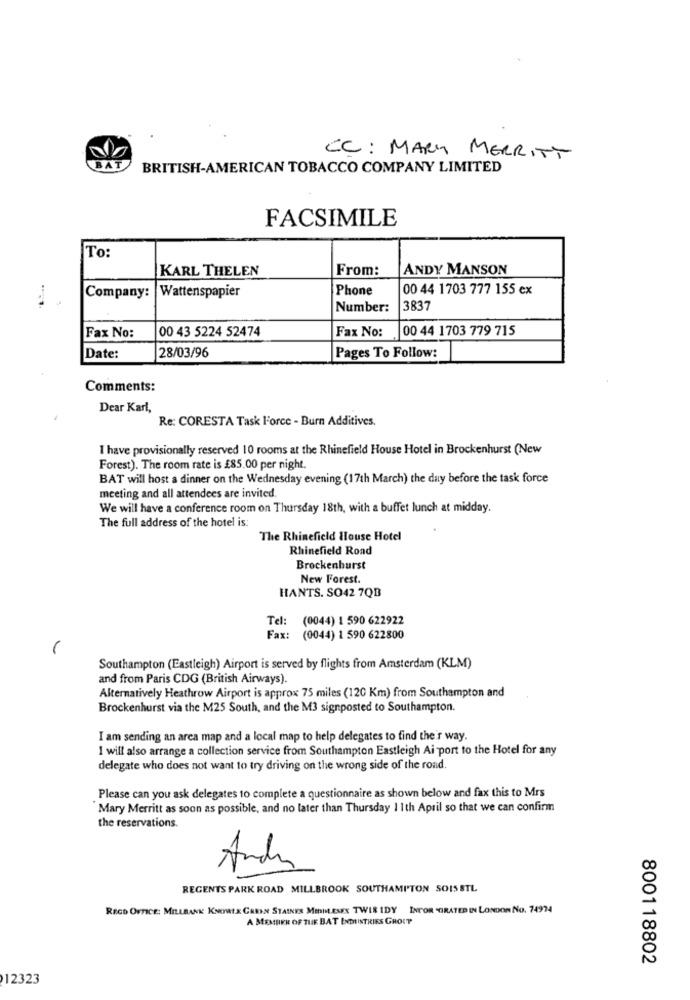
CC: MARY MERRITT
BAT
BRITISH-AMERICAN TOBACCO COMPANY LIMITED
FACSIMILE
To:
KARL THELEN
From:
ANDY MANSON
Phone
00 44 1703 777 155 ex
Company:
Wattenspapier
Number:
3837
00 43 5224 52474
00 44 1703 779 715
Fax No:
Fax No:
28/03/96
Date:
Pages To Follow:
Comments:
Dear Karl,
Re: CORESTA Task Force - Burn Additives.
I have provisionally reserved 10 rooms at the Rhinefield House Hotel in Brockenhurst (New
Forest). The room rate is £85,00 per night.
BAT will host a dinner on the Wednesday evening (17th March) the day before the task force
meeting and all attendees are invited.
We will have a conference room on Thursday 18th, with a buffet lunch at midday.
The full address of the hotel is:
The Rhinefield House Hotel
Rhinefield Road
Brockenhurst
New Forest.
HANTS. SO42 7QB
Tel: (0044) 1 590 622922
Fax:
(0044) 1 590 622800
Southampton (Eastleigh) Airport is served by flights from Amsterdam (KLM)
and from Paris CDG (British Airways).
Alternatively Heathrow Airport is approx 75 miles (120 Km) from Southampton and
Brockenhurst via the M25 South, and the M3 signposted to Southampton.
I am sending an area map and a local map to help delegates to find the'r way.
I will also arrange a collection service from Southampton Eastleigh Ai port to the Hotel for any
delegate who does not want to try driving on the wrong side of the road.
Please can you ask delegates to complete a questionnaire as shown below and fax this to Mrs
Mary Merritt as soon as possible, and no later than Thursday 1 1th April so that we can confirm
the reservations.
Andar
REGENTS PARK ROAD MILLBROOK SOUTHAMPTON SOIS STL
RECO OFFICE: MILLBANK KNOWEX GAREN STAINES MIDDLESEX TWIR IDY INPOR "GRATED IN LONDON NO. 74974
A MEMBER OF THE BAT INDUSTRIES GROUP
800118802
12323